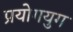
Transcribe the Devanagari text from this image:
प्रयोगयुग